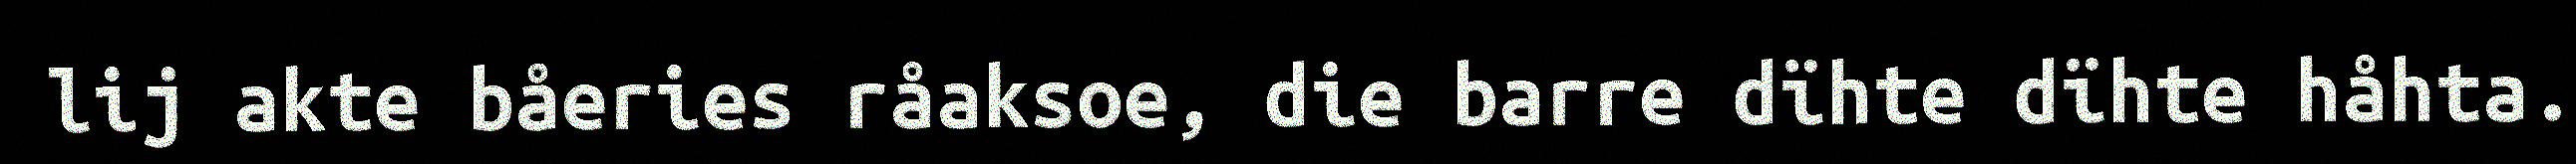
lij akte båeries råaksoe, die barre dïhte dïhte håhta.